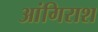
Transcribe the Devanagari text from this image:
आंगिराश